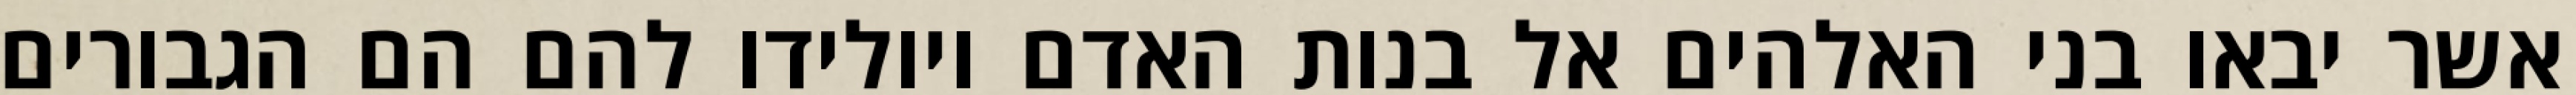
אשר יבאו בני האלהים אל בנות האדם ויולידו להם הם הגבורים